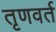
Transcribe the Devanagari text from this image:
तृणवर्त